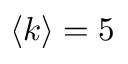
\langle k \rangle = 5